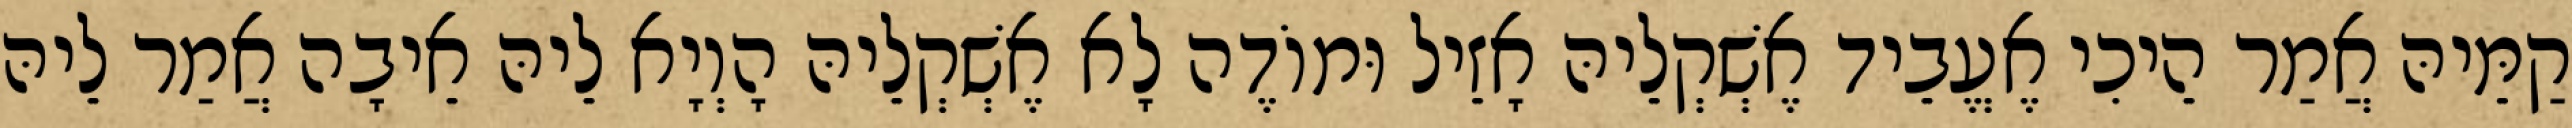
קַמֵּיהּ אֲמַר הֵיכִי אֶעֱבֵיד אֶשְׁקְלֵיהּ אָזֵיל וּמוֹדֶה לָא אֶשְׁקְלֵיהּ הָוְיָא לֵיהּ אֵיבָה אֲמַר לֵיהּ